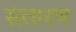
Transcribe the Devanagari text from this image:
संतारण